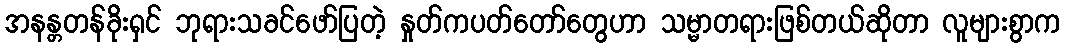
အနန္တတန်ခိုးရှင် ဘုရားသခင်ဖော်ပြတဲ့ နှုတ်ကပတ်တော်တွေဟာ သမ္မာတရားဖြစ်တယ်ဆိုတာ လူများစွာက